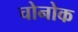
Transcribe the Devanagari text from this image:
चोनोक